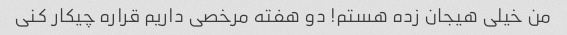
من خیلی هیجان زده هستم! دو هفته مرخصی داریم قراره چیکار کنی